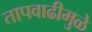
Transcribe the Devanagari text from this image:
तापवाढीमुळे